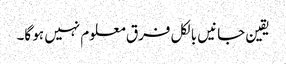
یقین جانیں بالکل فرق معلوم نہیں ہو گا۔